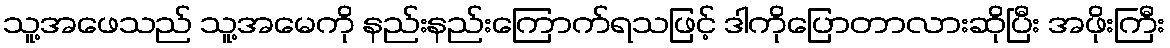
သူ့အဖေသည် သူ့အမေကို နည်းနည်းကြောက်ရသဖြင့် ဒါကိုပြောတာလားဆိုပြီး အဖိုးကြီး